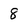
Character: 8